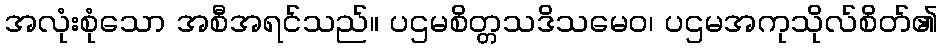
အလုံးစုံသော အစီအရင်သည်။ ပဌမစိတ္တသဒိသမေဝ၊ ပဌမအကုသိုလ်စိတ်၏